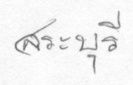
สระบุรี